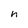
Character: h